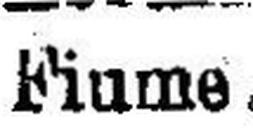
Fiume